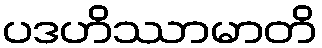
ပဒဟိဿာမာတိ